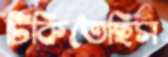
টিকিতেছিস